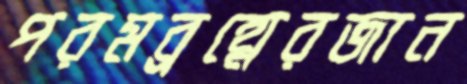
পরমব্রহ্মেরজান